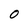
Character: O